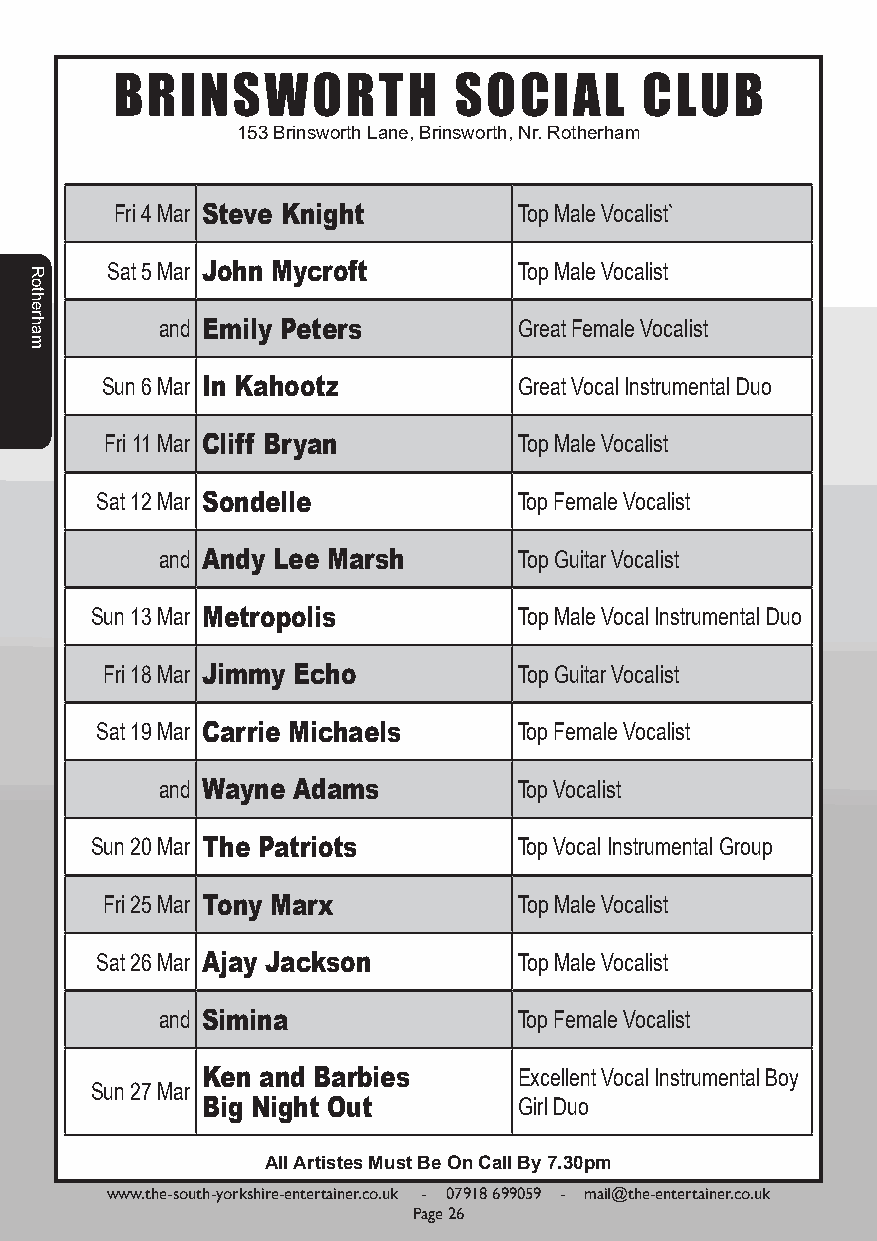
BRINSWORTH            SOCIAL       CLUB
 153 Brinsworth Lane, Brinsworth, Nr. Rotherham
 Fri 4 Mar Steve Knight    Top Male Vocalist`
 Sat 5 Mar John Mycroft     Top Male Vocalist
 and Emily Peters       Great Female Vocalist
 Sun 6 Mar In Kahootz       Great Vocal Instrumental Duo
 Fri 11 Mar Cliff Bryan     Top Male Vocalist
 Sat 12 Mar Sondelle         Top Female Vocalist
 and Andy Lee Marsh     Top Guitar Vocalist
 Sun 13 Mar Metropolis       Top Male Vocal Instrumental Duo
 Fri 18 Mar Jimmy Echo      Top Guitar Vocalist
 Sat 19 Mar Carrie Michaels  Top Female Vocalist
 and Wayne Adams        Top Vocalist
 Sun 20 Mar The Patriots     Top Vocal Instrumental Group
 Fri 25 Mar Tony Marx       Top Male Vocalist
 Sat 26 Mar Ajay Jackson     Top Male Vocalist
 and Simina             Top Female Vocalist
 Ken and Barbies      Excellent Vocal Instrumental Boy
 Sun 27 Mar
 Big Night Out        Girl Duo
 All Artistes Must Be On Call By 7.30pm
 www.the-south-yorkshire-entertainer.co.uk - 07918 699059 - mail@the-entertainer.co.uk
 Page 26
 Rotherham